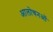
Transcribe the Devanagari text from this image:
आलोचनओं